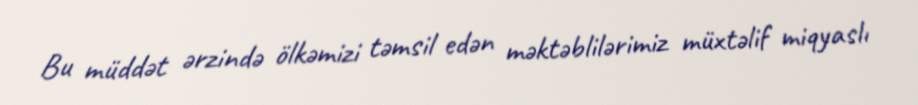
Bu müddət ərzində ölkəmizi təmsil edən məktəblilərimiz müxtəlif miqyaslı